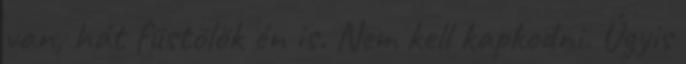
van, hát füstölök én is. Nem kell kapkodni. Úgyis